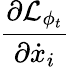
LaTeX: \frac{\partial\mathcal{L}_{\phi_{t}}}{\partial\dot{x}_{i}}